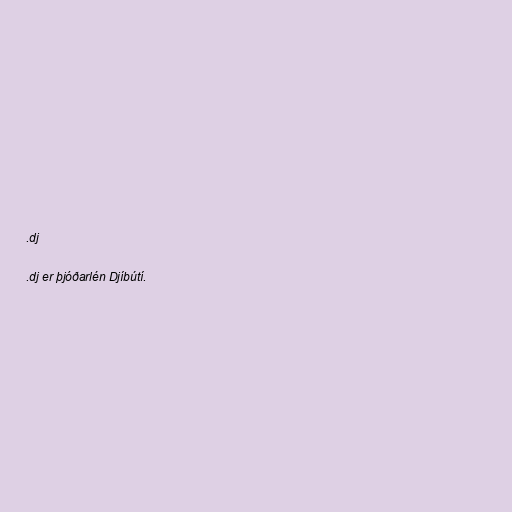
.dj

.dj er þjóðarlén Djíbútí.